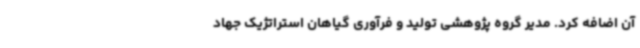
آن اضافه کرد. مدیر گروه پژوهشی تولید و فرآوری گیاهان استراتژیک جهاد